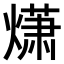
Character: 𤎻